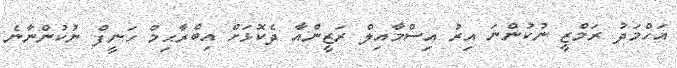
އަހްމަދު ރަމްޒީ ނުކުންނަ އިރު އިސްމާއިލް ރަޒީންއާ ދެކޮޅަށް އިބްރާޙިމް ހަނީފް ނުކުންނާނެ